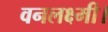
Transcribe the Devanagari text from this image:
वनलक्ष्मी।